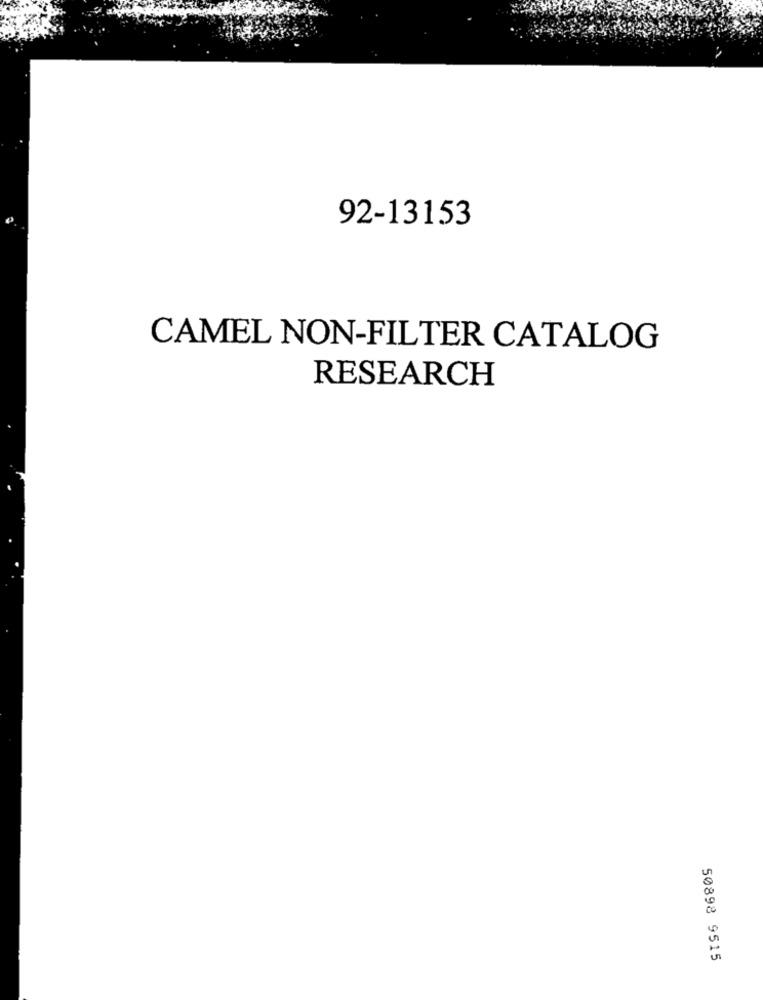
92-13153
CAMEL NON-FILTER CATALOG
RESEARCH
50898 9515